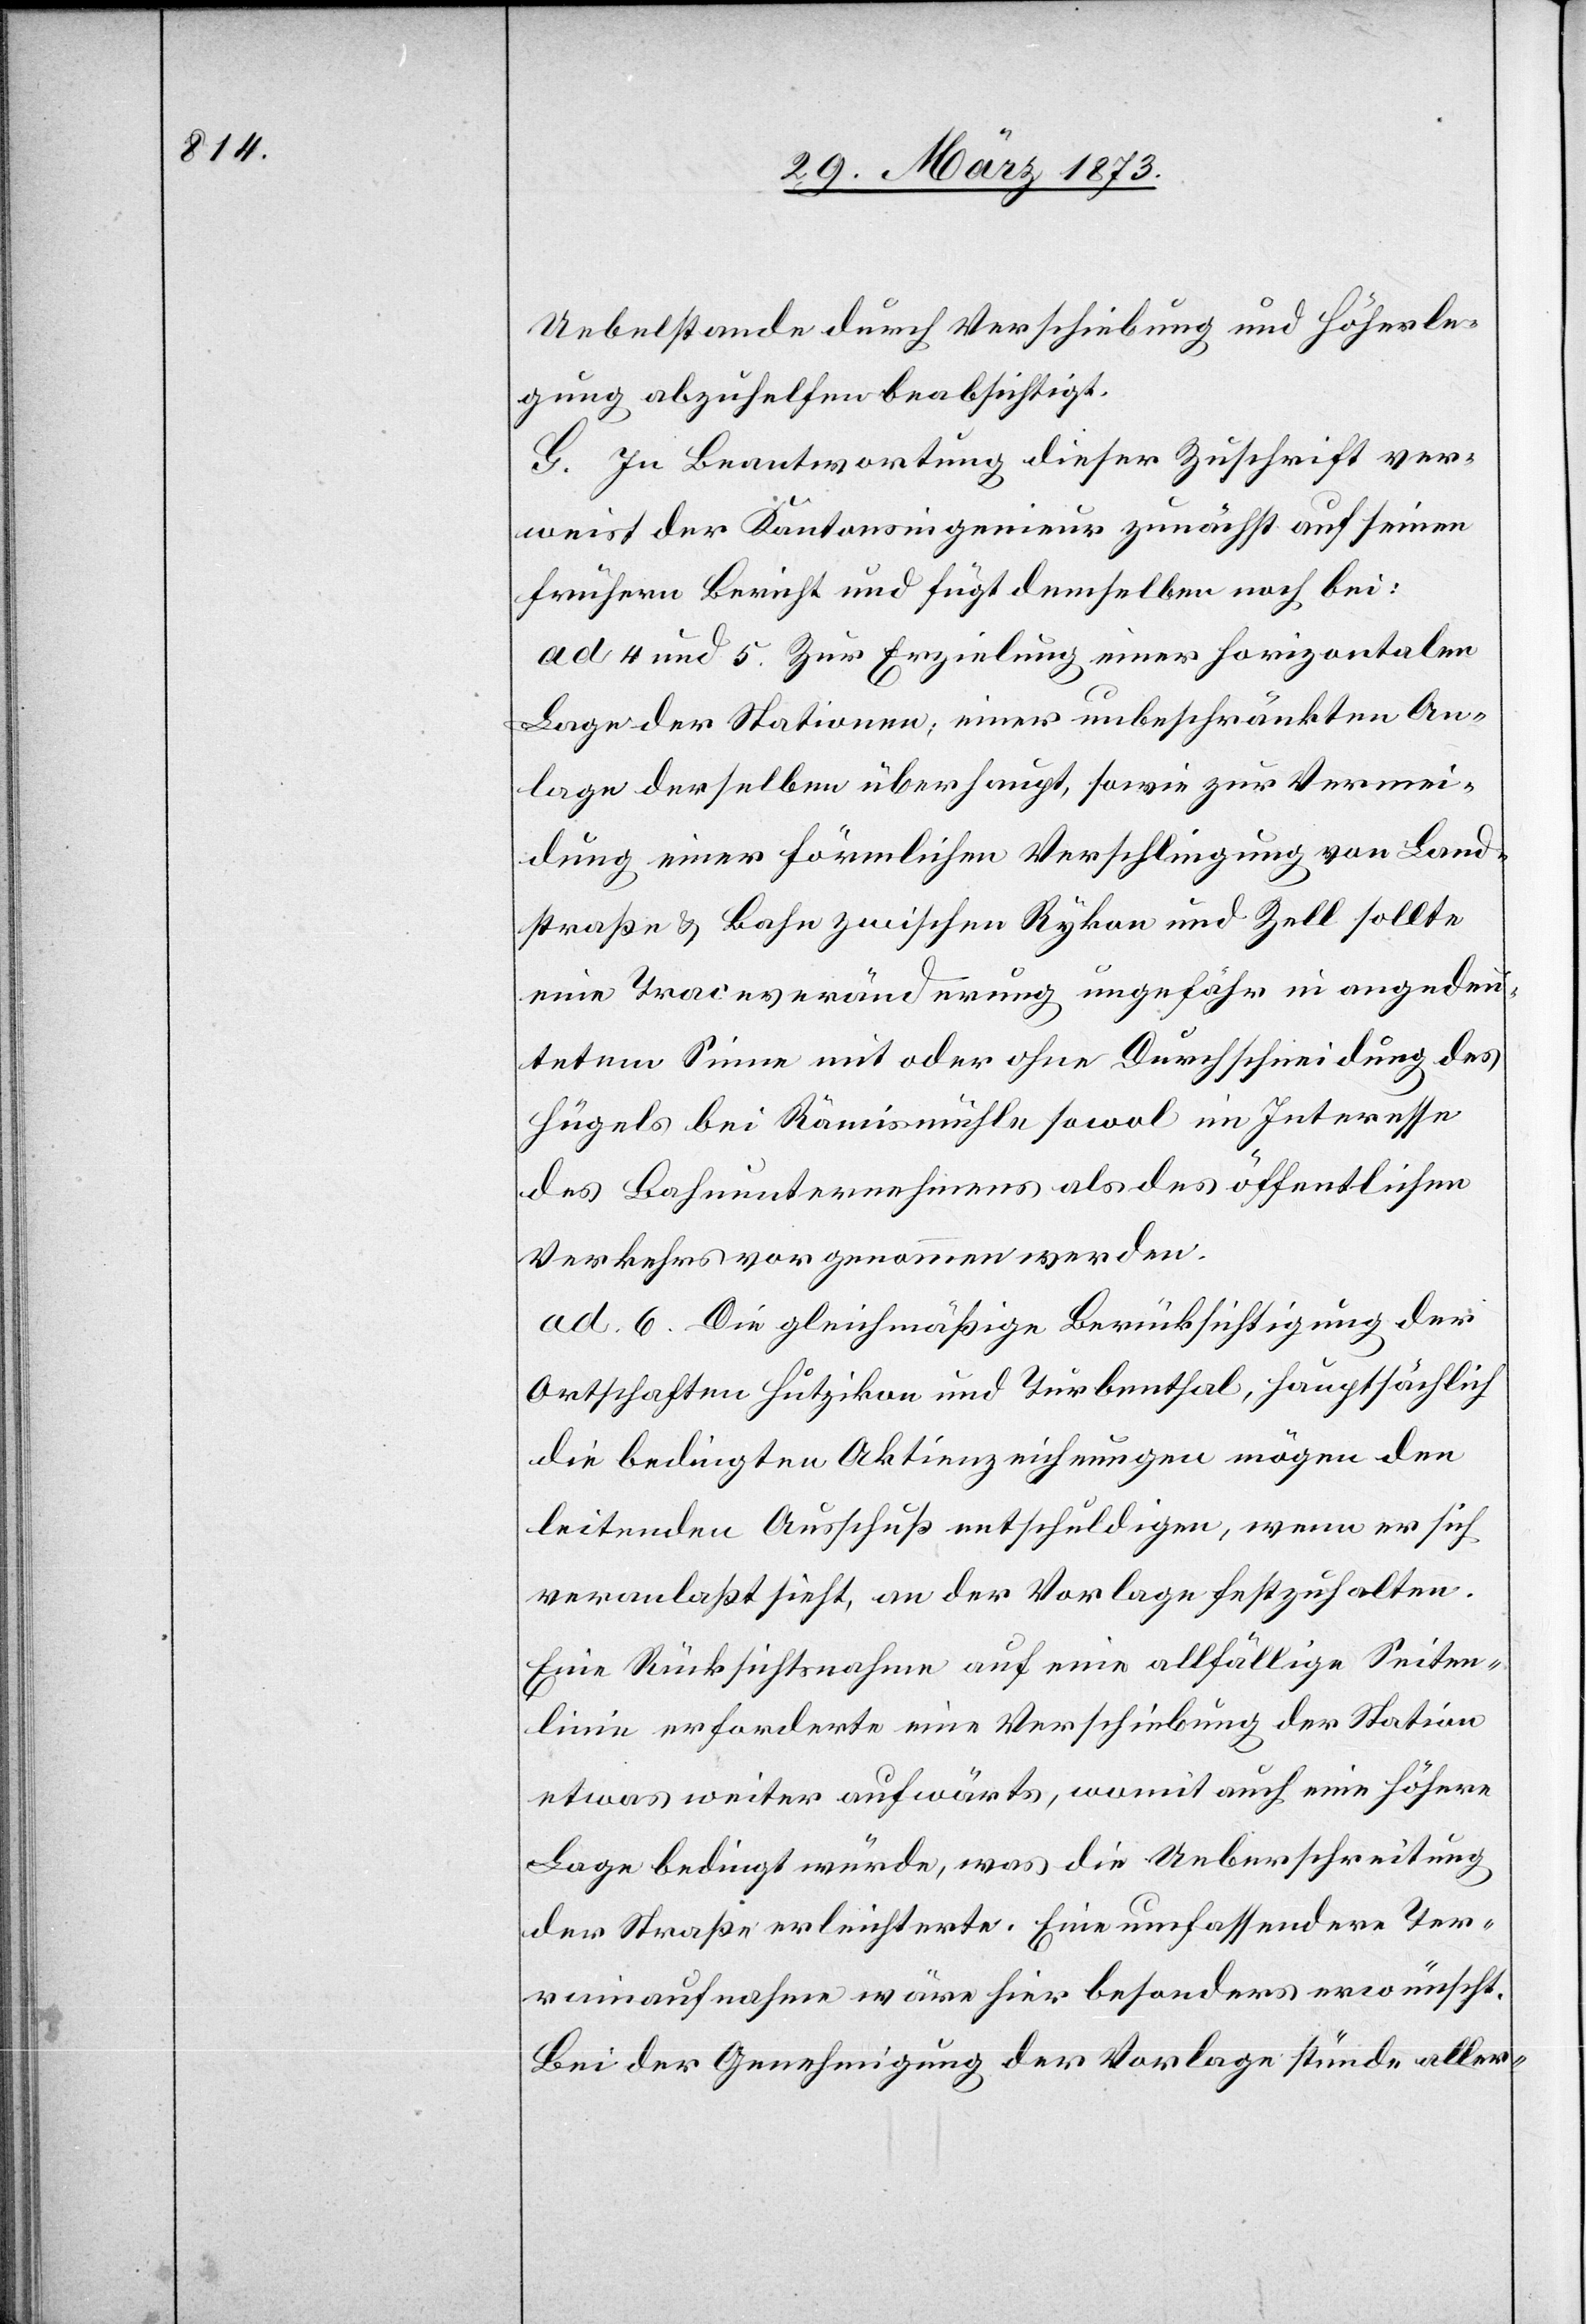
Uebelstande durch Verschiebung und Höherle¬
gung abzuhelfen beabsichtigt.
G. In Beantwortung dieser Zuschrift ver¬
weist der Kantonsingenieur zunächst auf seinen
frühern Bericht und fügt demselben noch bei:
ad 4 und 5. Zur Erzielung einer horizontalen
Lage der Stationen, einer unbeschränkten An¬
lage derselben überhaupt, sowie zur Vermei¬
dung einer förmlichen Verschlingung von Land¬
straße u. Bahn zwischen Rykon und Zell sollte
eine Traceveränderung ungefähr in angedeu¬
tetem Sinne mit oder ohne Durchschneidung des
Hügels bei Rämismühle sowol im Interesse
des Bahnunternehmens als des öffentlichen
Verkehrs vorgenommen werden.
ad. 6. Die gleichmäßige Berücksichtigung der
Ortschaften Hutzikon und Turbenthal, hauptsächlich
die bedingten Aktienzeichnungen mögen den
leitenden Ausschuß entschuldigen, wenn er sich
veranlaßt sieht, an der Vorlage festzuhalten.
Eine Rücksichtsnahme auf eine allfällige Seiten¬
linie erforderte eine Verschiebung der Station
etwas weiter aufwärts, womit auch eine höhere
Lage bedingt würde, was die Ueberschreitung
der Straße erleichterte. Eine umfassendere Ter¬
rainaufnahme wäre hier besonders erwünscht.
Bei der Genehmigung der Vorlage stünde aller-